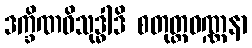
ဒက္ခိဏဝိသုဒ္ဓါဒိ စတုတ္ထဝဏ္ဏနာ